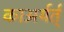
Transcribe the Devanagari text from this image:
काअर्यर्त्